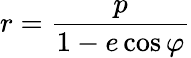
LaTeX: r={\frac{p}{1-e\cos\varphi}}